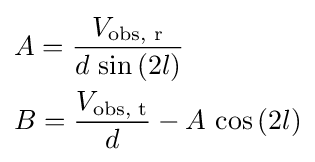
{\begin{aligned}&A={\frac {V_{\text{obs, r}}}{d\,\sin \left(2l\right)}}\\&B={\frac {V_{\text{obs, t}}}{d}}-A\,\cos \left(2l\right)\\\end{aligned}}